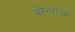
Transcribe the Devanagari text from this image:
बेरेन्बाउम